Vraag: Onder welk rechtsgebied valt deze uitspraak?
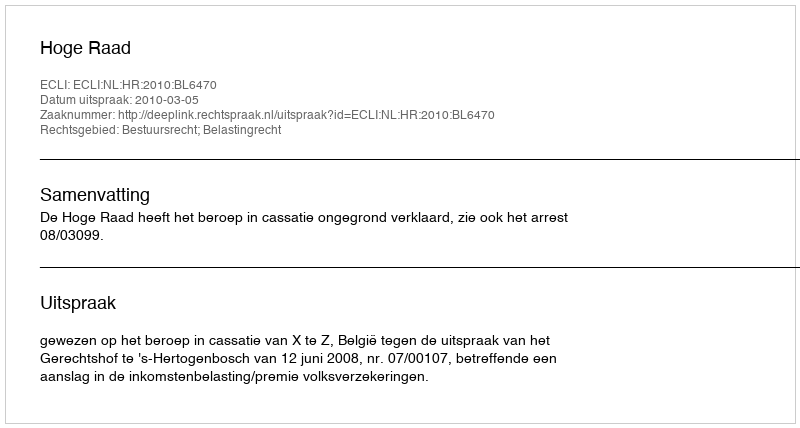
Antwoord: Bestuursrecht; Belastingrecht